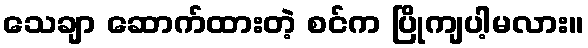
သေချာ ဆောက်ထားတဲ့ စင်က ပြိုကျပါ့မလား။